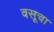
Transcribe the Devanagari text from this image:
वसूचा